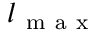
l _ { \mathrm { ~ m ~ a ~ x ~ } }